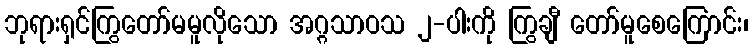
ဘုရားရှင်ကြွတော်မမူလိုသော အဂ္ဂသာဝသ ၂-ပါးကို ကြွချီ တော်မူစေကြောင်း၊